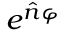
e ^ { { \hat { n } } \varphi }